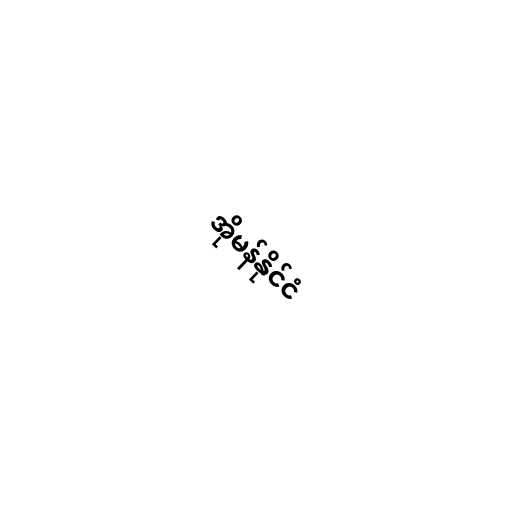
အိုမန်နိုင်ငံ